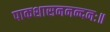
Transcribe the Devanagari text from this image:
पाकशासननन्दनः॥